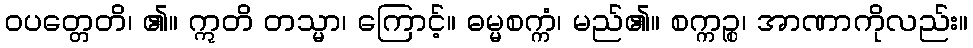
ဝပတ္တေတိ၊ ၏။ ဣတိ တသ္မာ၊ ကြောင့်။ ဓမ္မစက္ကံ၊ မည်၏။ စက္ကဉ္စ၊ အာဏာကိုလည်း။